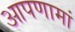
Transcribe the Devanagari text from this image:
आपणामां